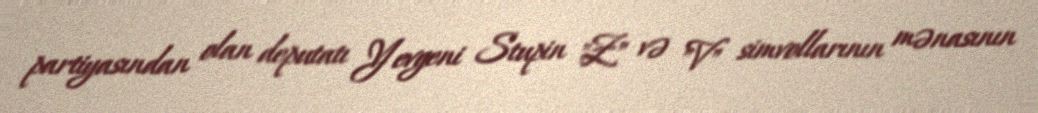
partiyasından olan deputatı Yevgeni Stupin "Z" və "V" simvollarının mənasının